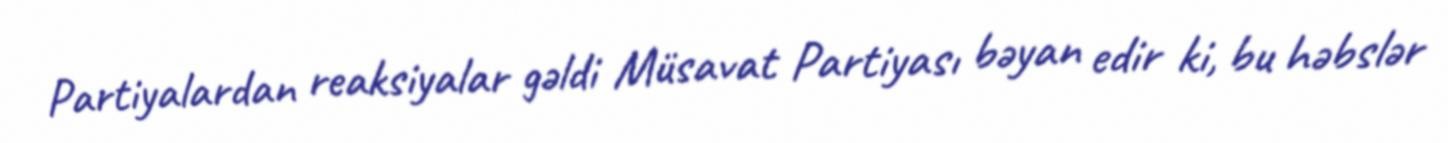
Partiyalardan reaksiyalar gəldi Müsavat Partiyası bəyan edir ki, bu həbslər